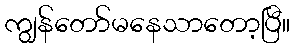
ကျွန်တော်မနေသာတော့ပြီ။